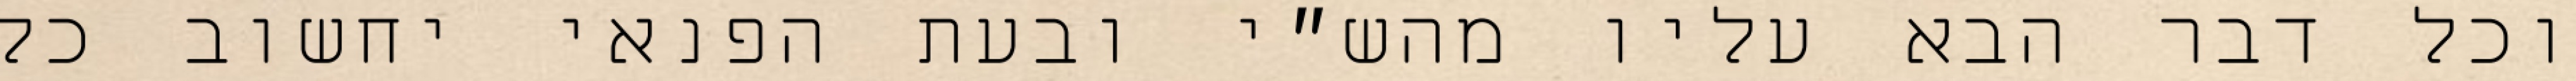
וכל דבר הבא עליו מהש״י ובעת הפנאי יחשוב כל